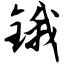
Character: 锇